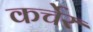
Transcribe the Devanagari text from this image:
कर्चेर